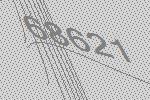
68621